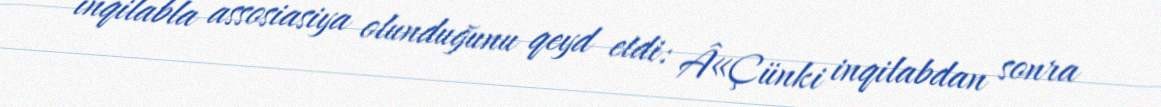
inqilabla assosiasiya olunduğunu qeyd etdi: Â«Çünki inqilabdan sonra